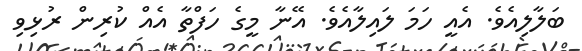
ބަލާލިއެވެ. އެއީ ހަމަ ލައިލާއެވެ. އޭނާ މީގެ ހަފްތާ އެއް ކުރިން ރުޅިވި